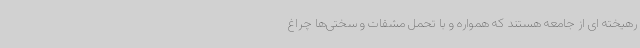
رهیخته ‌ای از جامعه هستند که همواره و با تحمل مشقات و سختی‌ها چراغ